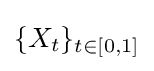
\{X_{t}\}_{t\in [0,1]}